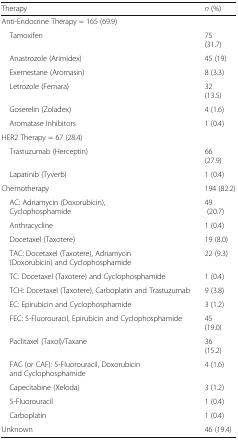
| Therapy | n (%) |
 | --- | --- |
 | <COLSPAN=2> Anti-Endocrine Therapy = 165 (69.9) |
 | Tamoxifen | 75 (31.7) |
 | Anastrozole (Arimidex) | 45 (19) |
 | Exemestane (Aromasin) | 8 (3.3) |
 | Letrozole (Femara) | 32 (13.5) |
 | Goserelin (Zoladex) | 4 (1.6) |
 | Aromatase Inhibitors | 1 (0.4) |
 | <COLSPAN=2> HER2 Therapy = 67 (28.4) |
 | Trastuzumab (Herceptin) | 66 (27.9) |
 | Lapatinib (Tyverb) | 1 (0.4) |
 | Chemotherapy | 194 (82.2) |
 | AC: Adriamycin (Doxorubicin), Cyclophosphamide | 49 (20.7) |
 | Anthracycline | 1 (0.4) |
 | Docetaxel (Taxotere) | 19 (8.0) |
 | TAC: Docetaxel (Taxotere), Adriamycin (Doxorubicin) and Cyclophosphamide | 22 (9.3) |
 | TC: Docetaxel (Taxotere) and Cyclophosphamide | 1 (0.4) |
 | TCH: Docetaxel (Taxotere), Carboplatin and Trastuzumab | 9 (3.8) |
 | EC: Epirubicin and Cyclophosphamide | 3 (1.2) |
 | FEC: 5-Fluorouracil, Epirubicin and Cyclophosphamide | 45 (19.0) |
 | Paclitaxel (Taxol)/Taxane | 36 (15.2) |
 | FAC (or CAF): 5-Fluorouracil, Doxorubicin and Cyclophosphamide | 4 (1.6) |
 | Capecitabine (Xeloda) | 3 (1.2) |
 | 5-Fluorouracil | 1 (0.4) |
 | Carboplatin | 1 (0.4) |
 | Unknown | 46 (19.4) |